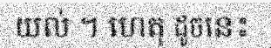
យល់ ។ ហេតុ ដូចនេះ